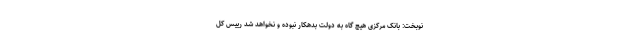
نوبخت: بانک مرکزی هیچ گاه به دولت بدهکار نبوده و نخواهد شد رییس کل